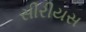
સીરીયસ